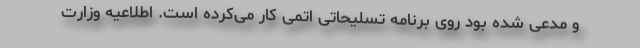
و مدعی شده بود روی برنامه تسلیحاتی اتمی کار می‌کرده است. اطلاعیه وزارت